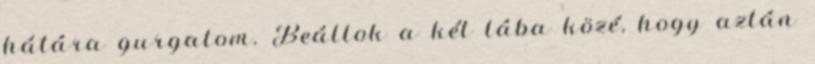
hátára gurgatom. Beállok a két lába közé, hogy aztán